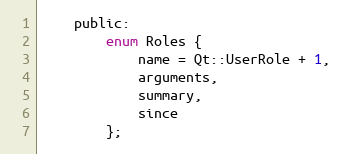
Language: C
    public:
        enum Roles {
            name = Qt::UserRole + 1,
            arguments,
            summary,
            since
        };